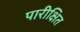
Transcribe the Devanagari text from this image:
पारीक्षित